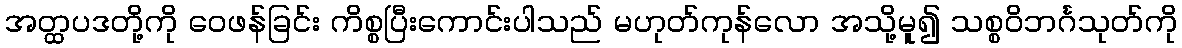
အတ္ထပဒတို့ကို ဝေဖန်ခြင်း ကိစ္စပြီးကောင်းပါသည် မဟုတ်ကုန်လော အသို့မူ၍ သစ္စဝိဘင်္ဂသုတ်ကို